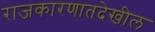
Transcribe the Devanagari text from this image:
राजकारणातदेखील